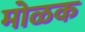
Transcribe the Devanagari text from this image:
मोळक